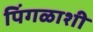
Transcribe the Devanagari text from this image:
पिंगळाशी